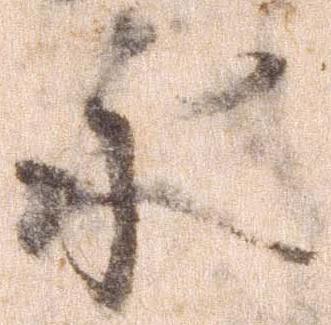
永